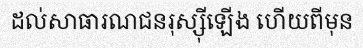
ដល់សាធារណជនរុស្ស៊ីឡើង ហើយពីមុន